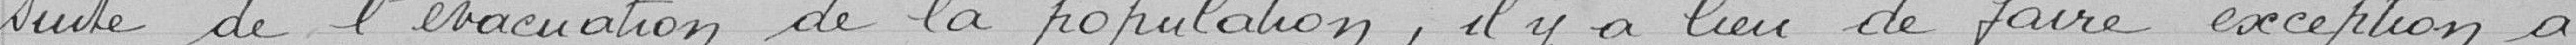
suite d'évacuation de la population, il y a lieu de faire exception à